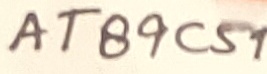
Text: AT89C51